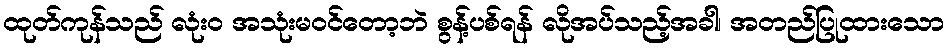
ထုတ်ကုန်သည် လုံးဝ အသုံးမဝင်တော့ဘဲ စွန့်ပစ်ရန် လိုအပ်သည့်အခါ၊ အတည်ပြုထားသော